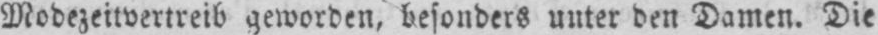
Modezeitvertreib geworden, besonders unter den Damen. Die